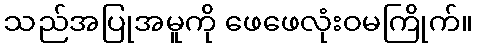
သည်အပြုအမူကို ဖေဖေလုံးဝမကြိုက်။